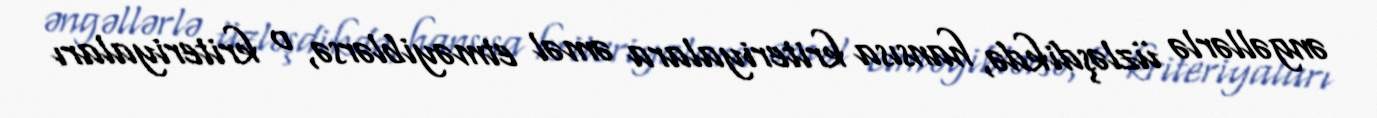
əngəllərlə üzləşdikdə, hansısa kriteriyalara əməl etməyiblərsə, o kriteriyaları